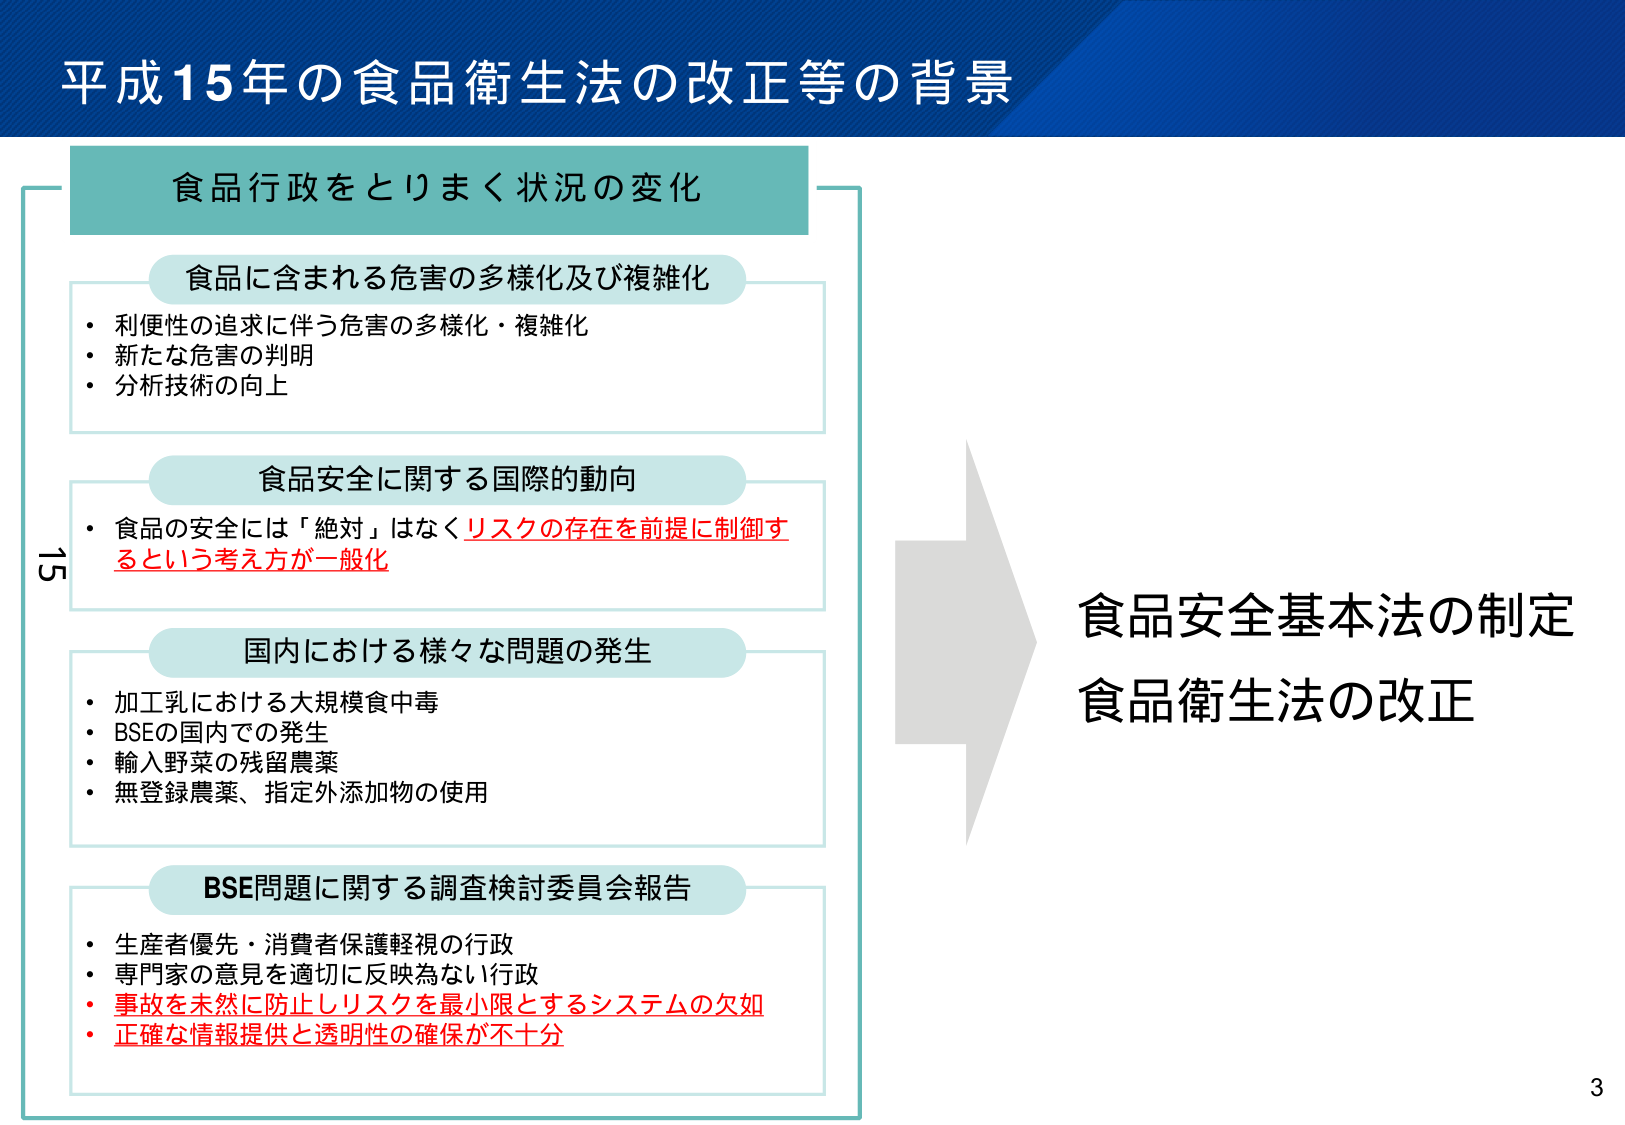
平成15年の食品衛生法の改正等の背景

食品行政をとりまく状況の変化

食品に含まれる危害の多様化及び複雑化
・利便性の追求に伴う危害の多様化・複雑化
・新たな危害の判明
・分析技術の向上

食品安全に関する国際的動向
・食品の安全には「絶対」はなくリスクの存在を前提に制御するという考え方が一般化

国内における様々な問題の発生
・加工乳における大規模食中毒
・BSEの国内での発生
・輸入野菜の残留農薬
・無登録農薬、指定外添加物の使用

BSE問題に関する調査検討委員会報告
・生産者優先・消費者保護軽視の行政
・専門家の意見を適切に反映為ない行政
・事故を未然に防止しリスクを最小限とするシステムの欠如
・正確な情報提供と透明性の確保が不十分

食品安全基本法の制定
食品衛生法の改正

15
3